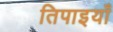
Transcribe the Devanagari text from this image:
तिपाइयाँ